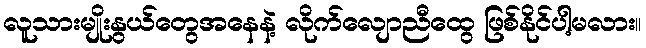
လူသားမျိုးနွယ်တွေအနေနဲ့ လိုက်လျောညီထွေ ဖြစ်နိုင်ပါ့မလား။